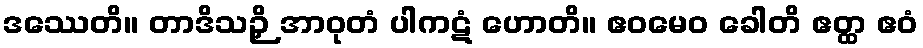
ဒဿေတိ။ တာဒိသဉှိ အာဝုတံ ပါကဋံ ဟောတိ။ ဧဝမေဝ ခေါတိ ဧတ္ထ ဧဝံ